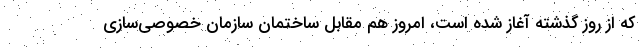
که از روز گذشته آغاز شده است، امروز هم مقابل ساختمان سازمان خصوصی‌سازی